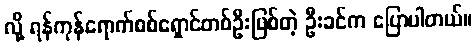
လို့ ရန်ကုန်ရောက်စစ်ရှောင်တစ်ဦးဖြစ်တဲ့ ဦးခင်က ပြောပါတယ်။